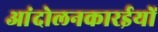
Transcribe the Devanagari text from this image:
आंदोलनकारईयों